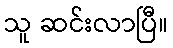
သူ ဆင်းလာပြီ။